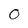
Character: 0